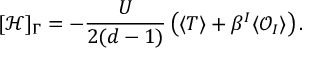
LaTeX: [ \mathcal { H } ] _ { \Gamma } = - \frac { U } { 2 ( d - 1 ) } \left( \langle T \rangle + \beta ^ { I } \langle \mathcal { O } _ { I } \rangle \right) .